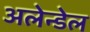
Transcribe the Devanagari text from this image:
अलेन्डेल